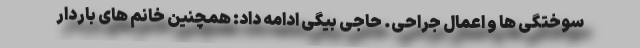
سوختگی ها و اعمال جراحی. حاجی بیگی ادامه داد: همچنین خانم های باردار